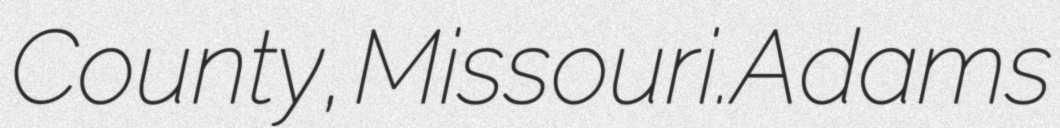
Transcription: County, Missouri.Adams